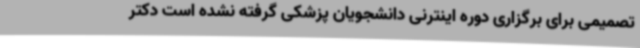
تصمیمی برای برگزاری دوره اینترنی دانشجویان پزشکی گرفته نشده است دکتر